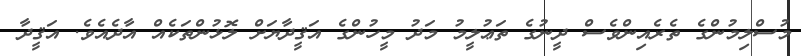
މުސްލިމުންގެ ތެރެއިންވެސް ދީނުގެ ތަޢުލީމު މަދު މީހުންގެ އަޤީދާޔަށް ލޮޅުންތަކެއް އާދެއެވެ. އަޤީދާ